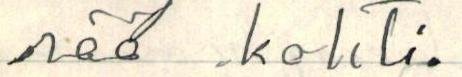
rää kohti.